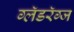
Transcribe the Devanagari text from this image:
ग्लॅडरॅग्ज